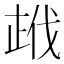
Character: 𭭣